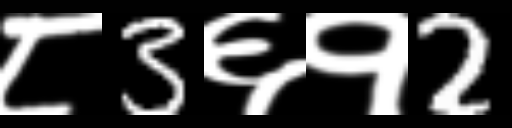
Text: ८3६१2